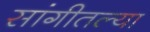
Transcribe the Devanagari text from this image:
सांगीतल्या